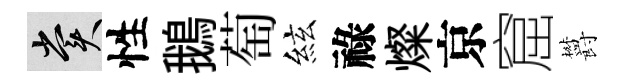
賞性鵝萄絃祿燦京窟欝